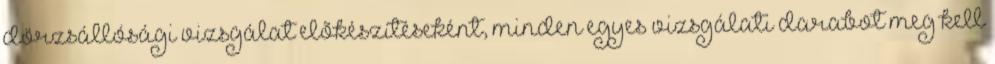
dörzsállósági vizsgálat elõkészítéseként, minden egyes vizsgálati darabot meg kell